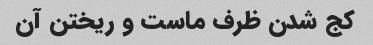
کج شدن ظرف ماست و ریختن آن